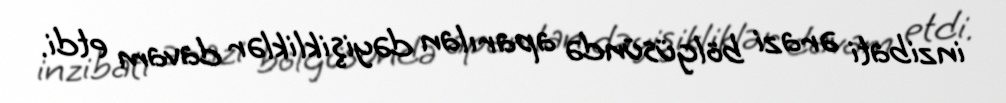
inzibati ərazi bölgüsündə aparılan dəyişikliklər davam etdi.